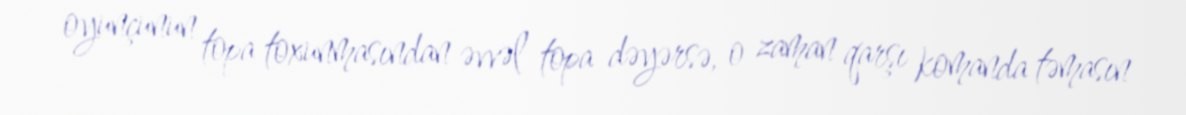
oyunçunun topa toxunmasından əvvəl topa dəyərsə, o zaman qarşı komanda təmasın